Annual report on the Civil Veterinary Department, Burma (including the Insein Veterinary School) - 1932-1941
Year: 1932
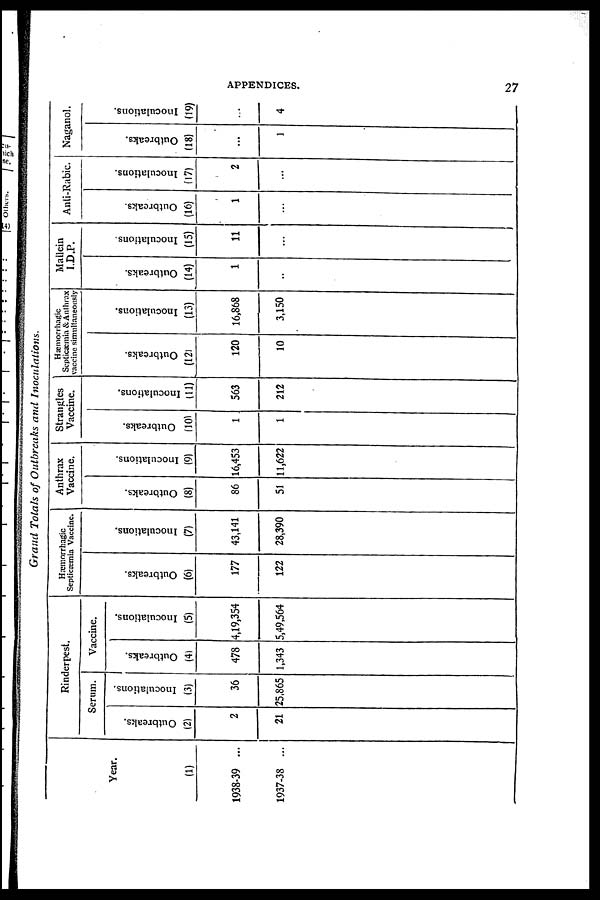
APPENDICES.
27
Grand Totals of Outbreaks and Inoculations.
Year.
(1)
1938-39 ...
1937-38 ...
Rinderpest.
Serum.
Outbreaks.
(2)
2
21
Inoculations.
(3)
36
25,865
Vaccine.
Outbreaks.
(4)
478
1,343
Inoculations.
(5)
4,19,354
5,49,564
Hæmorrhagic
Septicæmia Vaccine.
Outbreaks.
(6)
177
122
Inoculations.
(7)
43,141
28,390
Anthrax
Vaccine.
Out br e a ks .
(8)
86
51
I
nocul at i
ons .
(9)
16,453
11,622
Strangles
Vaccine.
Out br e a ks .
(10)
1
1
I
nocul at i
ons .
(11)
563
212
Hæmorrhagic
Septicæmia &Anthrax
vaccine simultaneously
Out br e a ks .
(12)
120
10
I
nocul at i
ons .
(13)
16,868
3,150
Mallein
I.D.P.
Out br e a ks .
(14)
1
...
I
nocul at i
ons .
(15)
11
...
Anti-Rabic.
Outbreaks.
(16)
1
...
I
nocul at i
ons .
(17)
2
...
Naganol.
Outbreaks.
(18)
...
1
Inoculations.
(19)
...
4